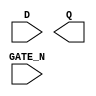
module sky130_fd_sc_hs__dlxtn (
    //# {{data|Data Signals}}
    input  D     ,
    output Q     ,

    //# {{clocks|Clocking}}
    input  GATE_N
);

    // Voltage supply signals
    supply1 VPWR;
    supply0 VGND;

endmodule